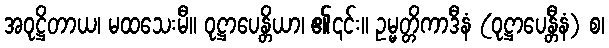
အဝုဋ္ဌိတာယ၊ မထသေးမီ။ ဝုဋ္ဌာပေန္တိယာ၊ ၏၎င်း။ ဥမ္မတ္တိကာဒီနံ (ဝုဋ္ဌာပေန္တီနံ) စ၊